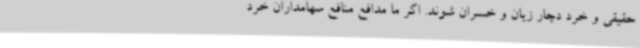
حقیقی و خرد دچار زیان و خسران شوند. اگر ما مدافع منافع سهامداران خرد